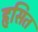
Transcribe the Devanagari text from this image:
हृसित